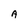
Character: A